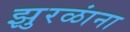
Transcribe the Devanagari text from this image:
झुरळांना